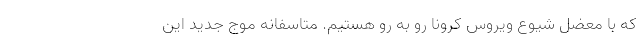
که با معضل شیوع ویروس کرونا رو به رو هستیم. متاسفانه موج جدید این